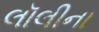
લૉલીના